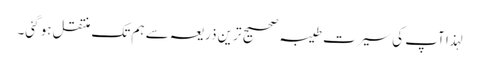
لہذا آپ کی سیرت طیبہ صحیح ترین ذریعہ سے ہم تک منتقل ہو گئی۔